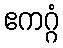
ဧကဂ္ဂံ